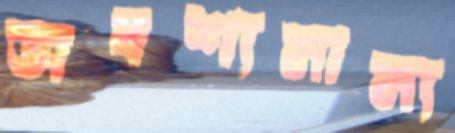
অবশ্যমান্য